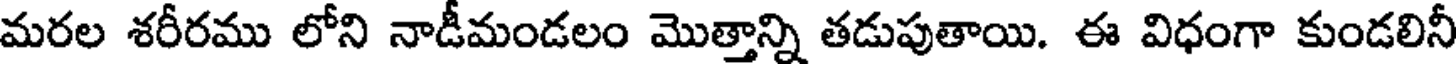
మరల శరీరము లోని నాడీమండలం మొత్తాన్ని తడుపుతాయి. ఈ విధంగా కుండలినీ